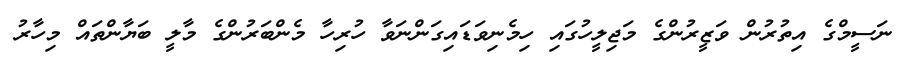
ނަސީމްގެ އިތުރުން ވަޒީރުންގެ މަޖިލީހުގައި ހިމެނިވަޑައިގަންނަވާ ހުރިހާ މެންބަރުންގެ މާލީ ބަޔާންތައް މިހާރު